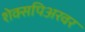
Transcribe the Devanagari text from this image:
शेक्सपिअरवर